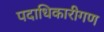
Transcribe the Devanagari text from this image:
पदाधिकारीगण